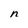
Character: n